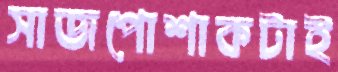
সাজপোশাকটাই